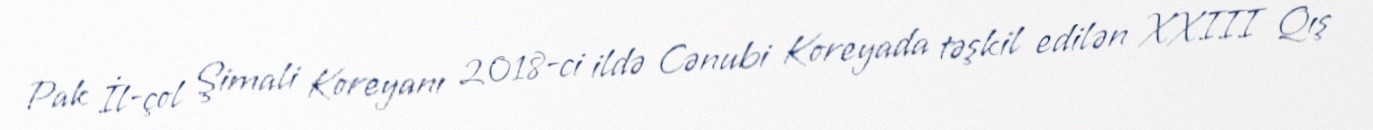
Pak İl-çol Şimali Koreyanı 2018-ci ildə Cənubi Koreyada təşkil edilən XXIII Qış